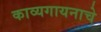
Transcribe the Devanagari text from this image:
काव्यगायनाचे